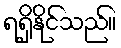
ရရှိနိုင်သည်။